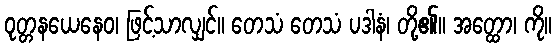
ဝုတ္တနယေနေဝ၊ ဖြင့်သာလျှင်။ တေသံ တေသံ ပဒါနံ၊ တို့၏။ အတ္ထော၊ ကို။